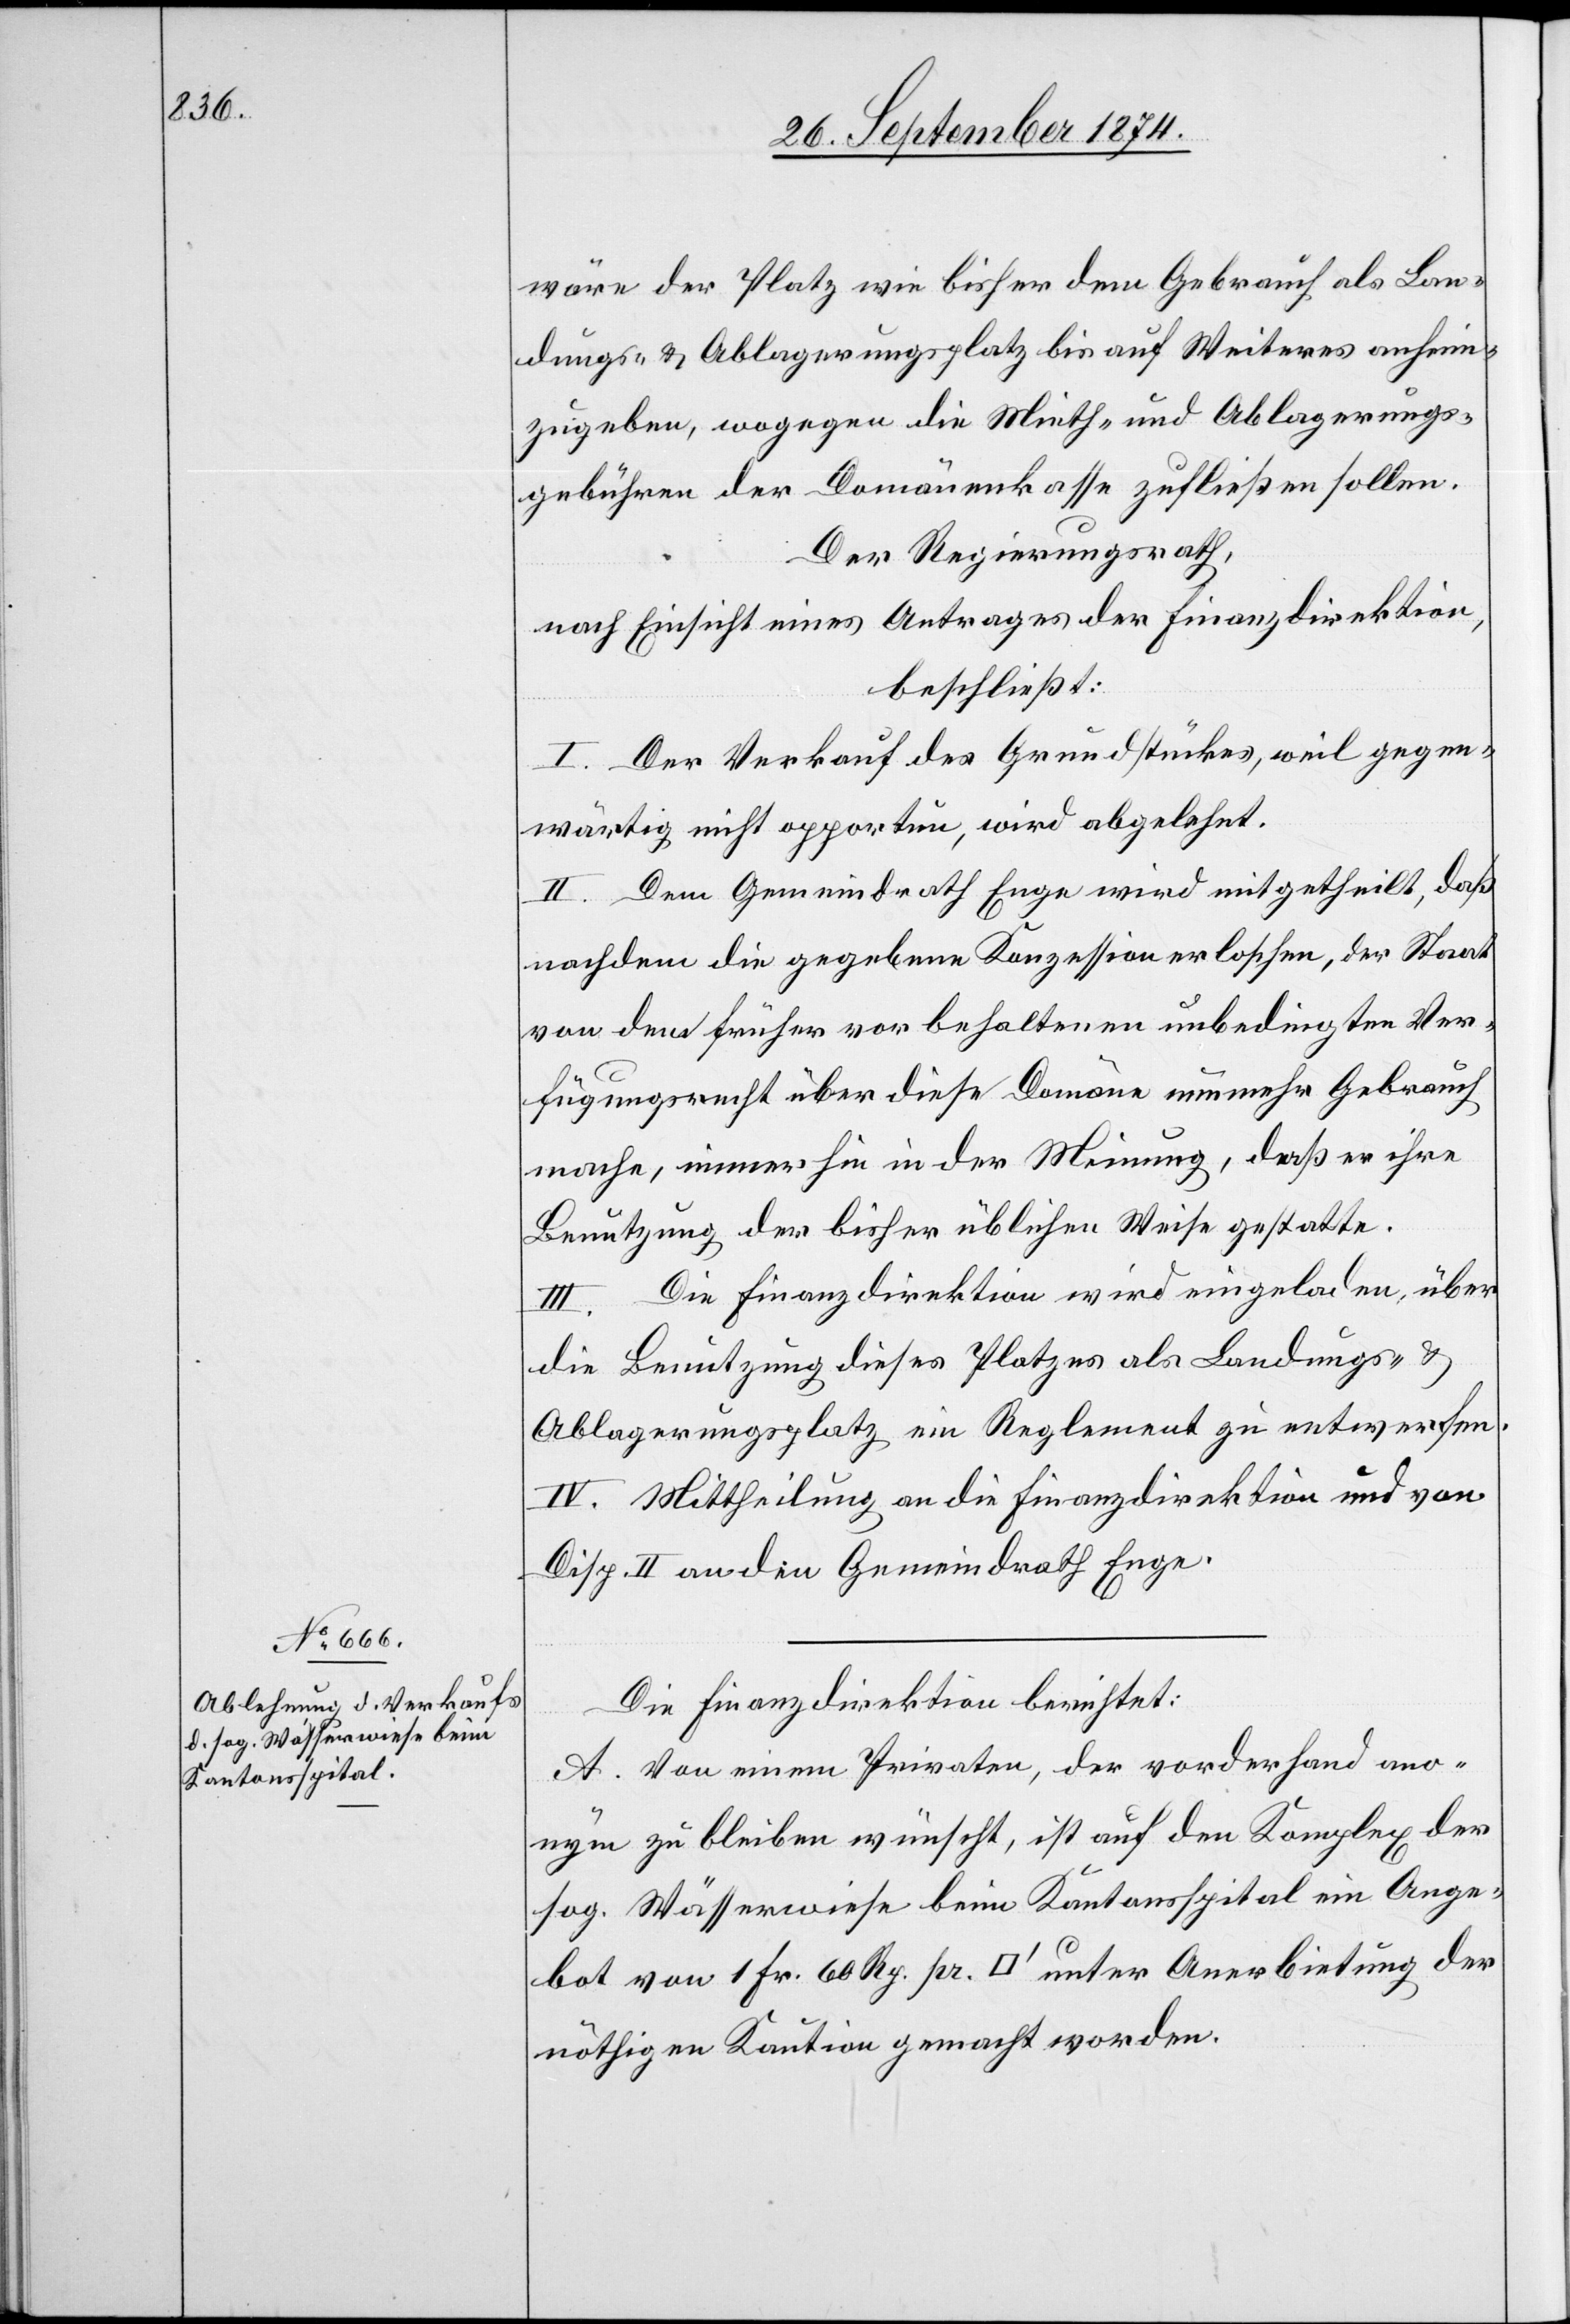
wäre der Platz wie bisher dem Gebrauch als Lan¬
dungs- & Ablagerungsplatz bis auf Weiteres anheim¬
zugeben, wogegen die Mieth- und Ablagerungs¬
gebühren der Domänenkasse zufließen sollen.
Der Regierungsrath,
nach Einsicht eines Antrages der Finanzdirektion,
beschließt:
I. Der Verkauf des Grundstückes, weil gegen¬
wärtig nicht opportun, wird abgelehnt.
II. Dem Gemeindrath Enge wird mitgetheilt, daß
nachdem die gegebene Konzession erloschen, der Staat
von dem früher vorbehaltenen unbedingten Ver¬
fügungsrecht über diese Domäne nunmehr Gebrauch
mache, immerhin in der Meinung, daß er ihre
Benutzung der bisher üblichen Weise gestatte.
III. Die Finanzdirektion wird eingeladen, über
die Benutzung dieses Platzes als Landungs- u.
Ablagerungsplatz im Reglement zu entwerfen.
IV. Mittheilung an die Finanzdirektion und von
Disp. II an den Gemeindrath Enge.
Die Finanzdirektion berichtet:
A. Von einem Privaten, der vorderhand ano¬
nym zu bleiben wünscht, ist auf den Komplex der
sog. Wässerwiese beim Kantonsspital ein Ange¬
bot von 1 Fr. 60 Rp. pr. [Quadratfuß] unter Anerbietung der
nöthigen Kaution gemacht worden.